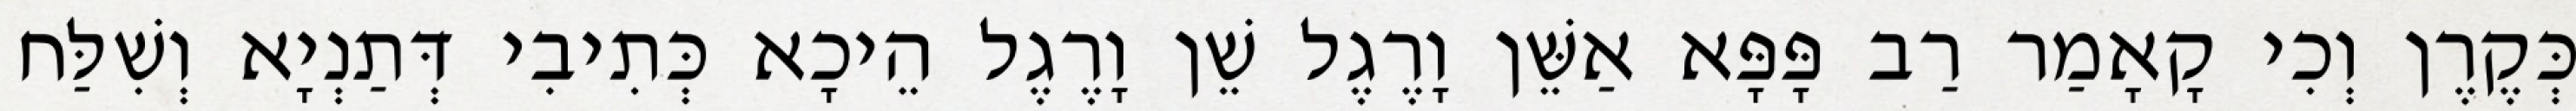
כְּקֶרֶן וְכִי קָאָמַר רַב פָּפָּא אַשֵּׁן וָרֶגֶל שֵׁן וָרֶגֶל הֵיכָא כְּתִיבִי דְּתַנְיָא וְשִׁלַּח